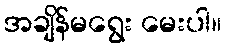
အချိန်မရွေး မေးပါ။